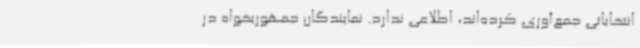
انتخاباتی جمع‌آوری کرده‌اند، اطلاعی ندارد. نمایندگان جمهوریخواه در